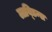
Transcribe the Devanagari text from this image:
लाय्डिन्स